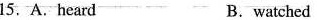
15. A.heard B.watched